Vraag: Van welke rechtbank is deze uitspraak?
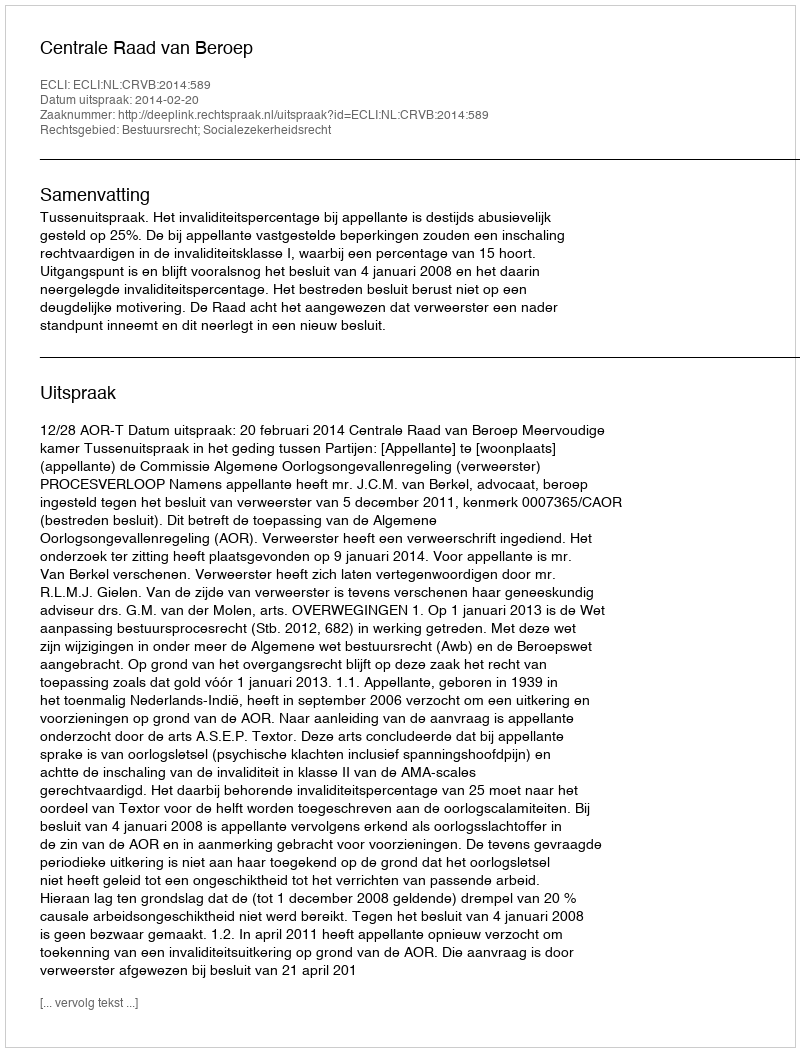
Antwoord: Centrale Raad van Beroep